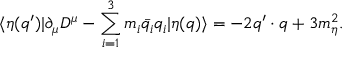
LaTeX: \langle \eta ( q ^ { \prime } ) | \partial _ { \mu } D ^ { \mu } - \sum _ { i = 1 } ^ { 3 } m _ { i } \bar { q _ { i } } q _ { i } | \eta ( q ) \rangle = - 2 q ^ { \prime } \cdot q + 3 m _ { \eta } ^ { 2 } .